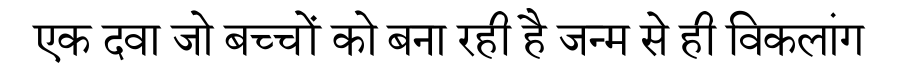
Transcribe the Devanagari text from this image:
एक दवा जो बच्चों को बना रही है जन्म से ही विकलांग